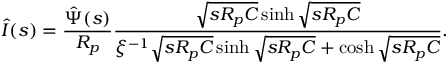
\hat { I } ( s ) = \frac { \hat { \Psi } ( s ) } { R _ { p } } \frac { \sqrt { s R _ { p } C } \sinh \sqrt { s R _ { p } C } } { \xi ^ { - 1 } \sqrt { s R _ { p } C } \sinh \sqrt { s R _ { p } C } + \cosh \sqrt { s R _ { p } C } } .